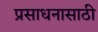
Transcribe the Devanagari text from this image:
प्रसाधनासाठी